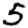
Digit: 5